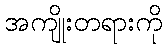
အကျိုးတရားကို